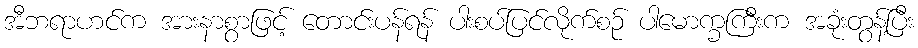
အီဘရာဟင်က အားနာစွာဖြင့် တောင်းပန်ရန် ပါးစပ်ပြင်လိုက်စဉ် ပါမောက္ခကြီးက အခုံးတွန့်ပြီး